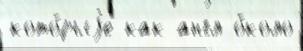
кото́рыjе как англ о́коло